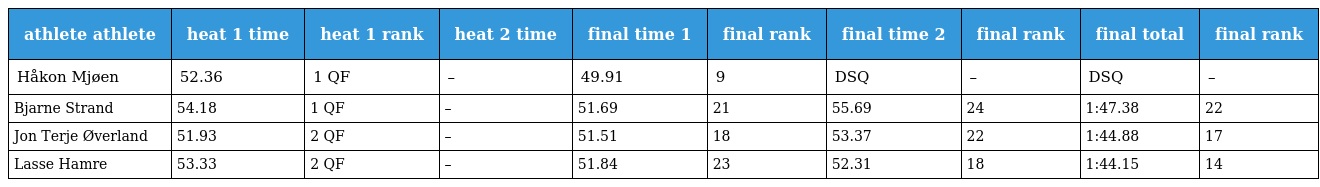
| athlete athlete | heat 1 time | heat 1 rank | heat 2 time | final time 1 | final rank | final time 2 | final rank | final total | final rank |
 | --- | --- | --- | --- | --- | --- | --- | --- | --- | --- |
 | Håkon Mjøen | 52.36 | 1 QF | – | 49.91 | 9 | DSQ | – | DSQ | – |
 | Bjarne Strand | 54.18 | 1 QF | – | 51.69 | 21 | 55.69 | 24 | 1:47.38 | 22 |
 | Jon Terje Øverland | 51.93 | 2 QF | – | 51.51 | 18 | 53.37 | 22 | 1:44.88 | 17 |
 | Lasse Hamre | 53.33 | 2 QF | – | 51.84 | 23 | 52.31 | 18 | 1:44.15 | 14 |